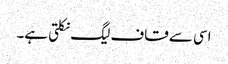
اسی سے قاف لیگ نکلتی ہے۔